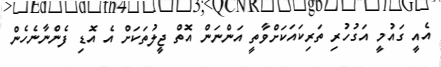
އެއީ ގައުމީ އަގުހުރި ތަރިކައަކަށްވާތީ އަންނަން އޮތް ޖީލުތަކަށް އެ އޮޑި ފެންނާނެހެން